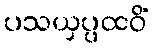
ပသယှပ္ပထဝိံ